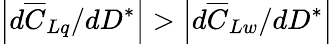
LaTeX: \left|d\overline{{C}}_{Lq}/dD^{*}\right|>\left|d\overline{{C}}_{Lw}/dD^{*}\right|